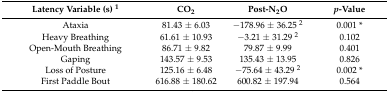
<table><thead><tr><td><b>Latency Variable (s) <sup>1</sup></b></td><td><b>CO<sub>2</sub></b></td><td><b>Post-N<sub>2</sub>O</b></td><td><b><i>p</i>-Value</b></td></tr></thead><tbody><tr><td>Ataxia</td><td>81.43 ± 6.03</td><td>−178.96 ± 36.25 <sup>2</sup></td><td>0.001 *</td></tr><tr><td>Heavy Breathing</td><td>61.61 ± 10.93</td><td>−3.21 ± 31.29 <sup>2</sup></td><td>0.102</td></tr><tr><td>Open-Mouth Breathing</td><td>86.71 ± 9.82</td><td>79.87 ± 9.99</td><td>0.401</td></tr><tr><td>Gaping</td><td>143.57 ± 9.53</td><td>135.43 ± 13.95</td><td>0.826</td></tr><tr><td>Loss of Posture</td><td>125.16 ± 6.48</td><td>−75.64 ± 43.29 <sup>2</sup></td><td>0.002 *</td></tr><tr><td>First Paddle Bout</td><td>616.88 ± 180.62</td><td>600.82 ± 197.94</td><td>0.564</td></tr></tbody></table>